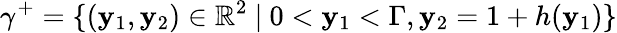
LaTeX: \gamma^{+}=\lbrace(\mathbf{y}_{1},\mathbf{y}_{2})\in\mathbb{{R}}^{2}\ \vert\ 0<\mathbf{y}_{1}<\Gamma,\mathbf{y}_{2}=1+h(\mathbf{y}_{1})\rbrace